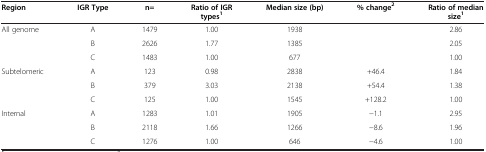
| Region | IGR Type | n= | Ratio of IGR types1 | Median size (bp) | % change2 | Ratio of median size1 |
 | --- | --- | --- | --- | --- | --- | --- |
 | <ROWSPAN=3> All genome | A | 1479 | 1.00 | 1938 |  | 2.86 |
 | B | 2626 | 1.77 | 1385 |  | 2.05 |
 | C | 1483 | 1.00 | 677 |  | 1.00 |
 | <ROWSPAN=3> Subtelomeric | A | 123 | 0.98 | 2838 | +46.4 | 1.84 |
 | B | 379 | 3.03 | 2138 | +54.4 | 1.38 |
 | C | 125 | 1.00 | 1545 | +128.2 | 1.00 |
 | <ROWSPAN=2> Internal | A | 1283 | 1.01 | 1905 | −1.1 | 2.95 |
 | B | 2118 | 1.66 | 1266 | −8.6 | 1.96 |
 |  | C | 1276 | 1.00 | 646 | −4.6 | 1.00 |